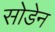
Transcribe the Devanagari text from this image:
सोडेन